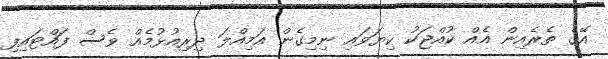
އޭގެ ތެރެއިން އެއް ކުއްޖަކު ކިޔަވައި ނިމިގެން އަމިއްލަ ދިރިއުޅުމެއް ވެސް ފައްޓައިފި